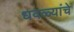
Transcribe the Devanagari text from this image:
धवळ्यांचे